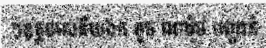
។ឧត្តមសេនីយឯក ទូច ណារ៉ុថ បញ្ជាក់